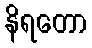
နိရတော